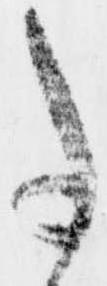
事